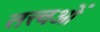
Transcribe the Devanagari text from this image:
तत्त्वओं